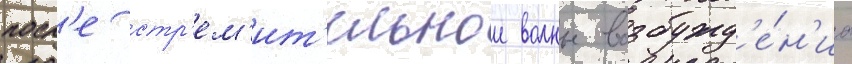
посл'е стр'ем'ит'ельнои волны возбужд'е́н'иа